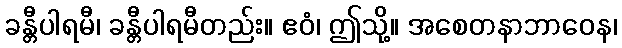
ခန္တီပါရမီ၊ ခန္တီပါရမီတည်း။ ဧဝံ၊ ဤသို့။ အစေတနာဘာဝေန၊